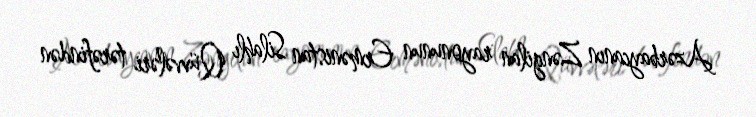
Azərbaycanın Zəngilan rayonunun Ermənistan Silahlı Qüvvələri tərəfindən